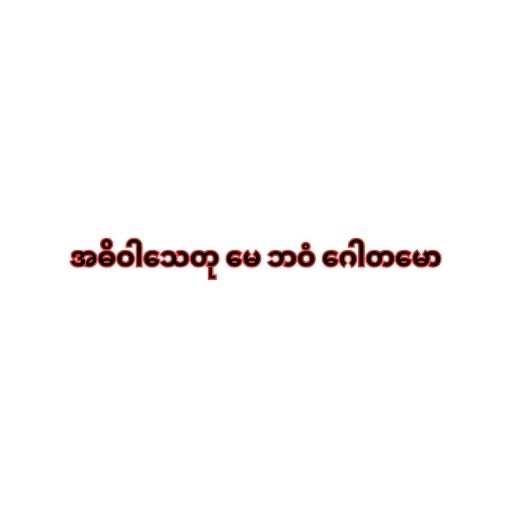
အဓိဝါသေတု မေ ဘဝံ ဂေါတမော